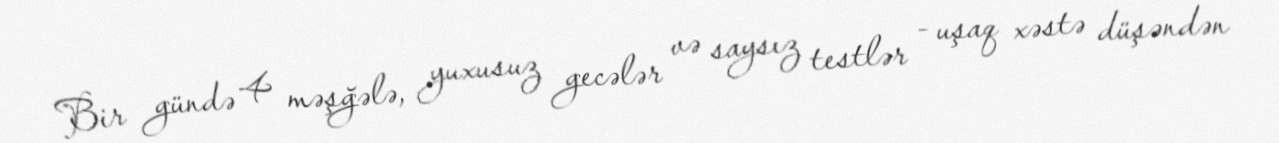
Bir gündə 4 məşğələ, yuxusuz gecələr və saysız testlər - uşaq xəstə düşəndən